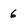
Character: 6